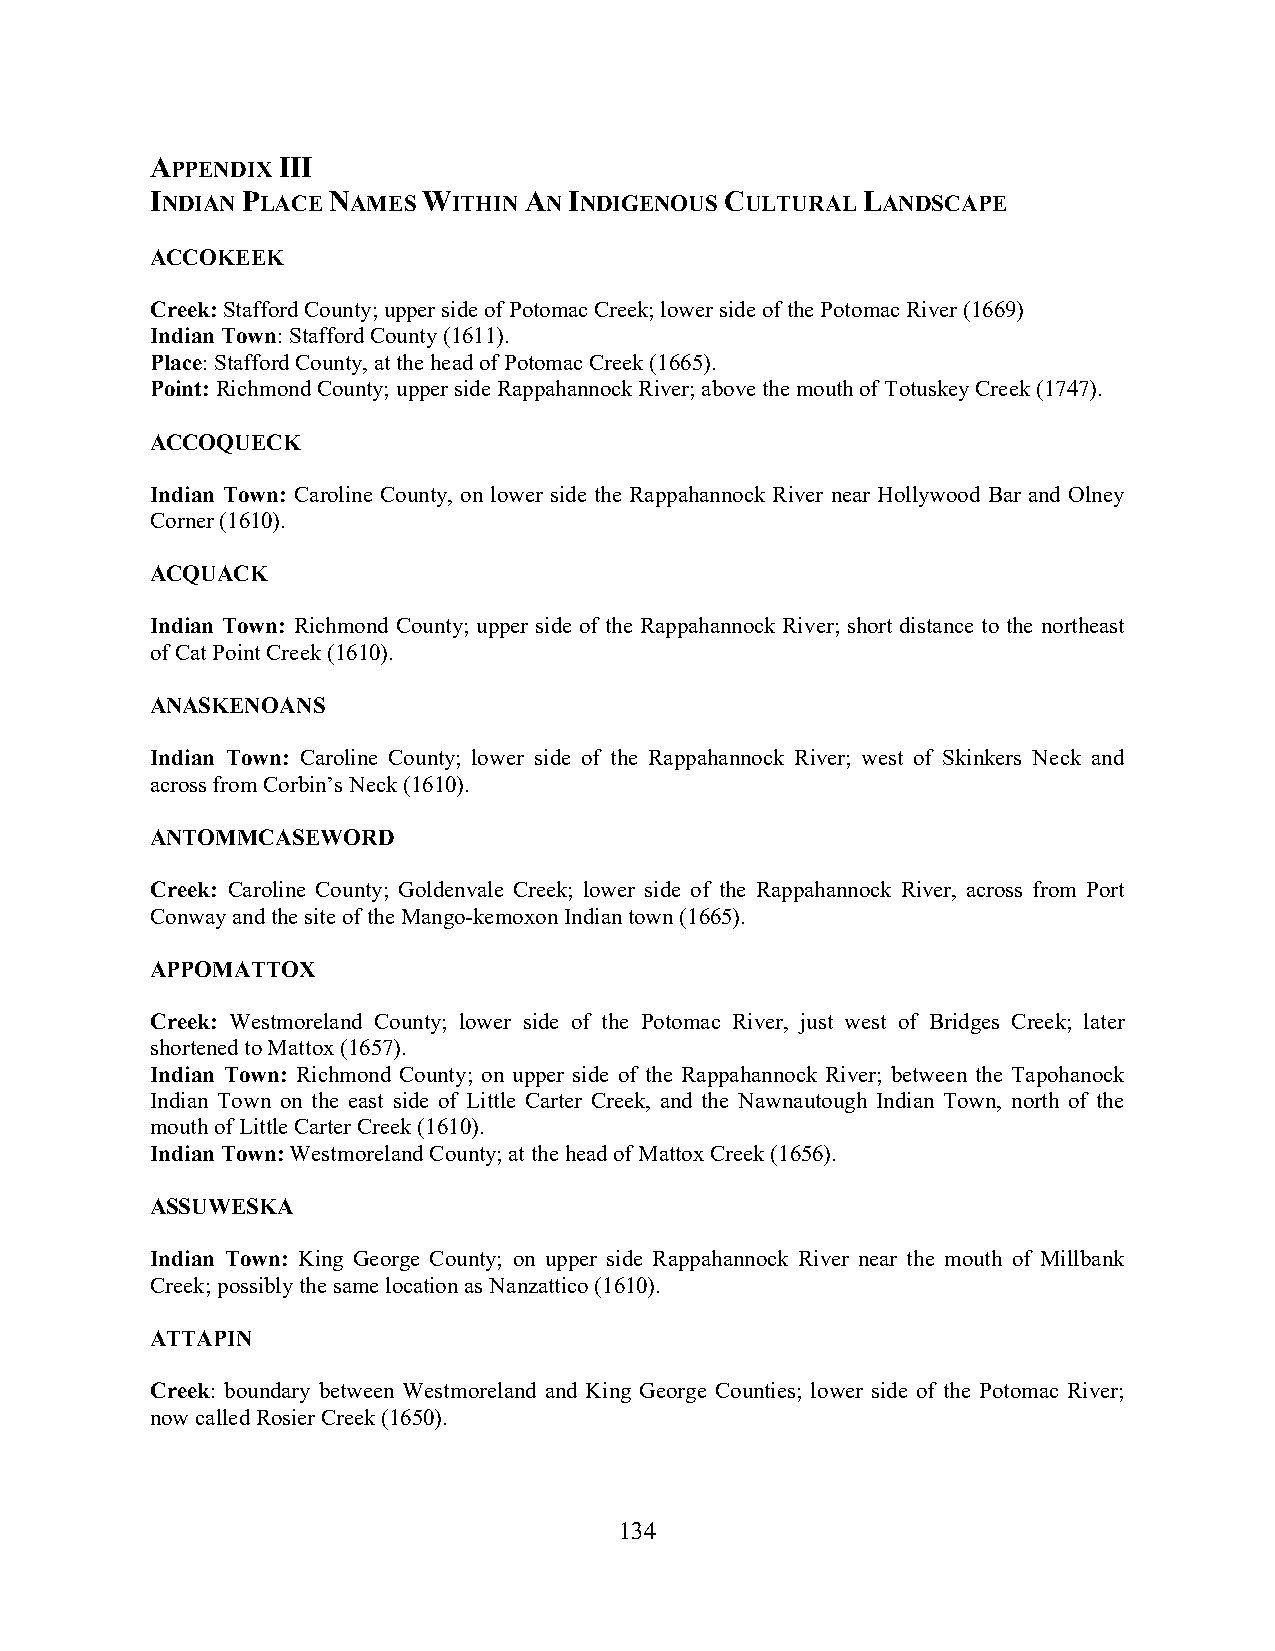
APPENDIX III
 INDIAN PLACE NAMES WITHIN AN INDIGENOUS CULTURAL LANDSCAPE
 ACCOKEEK
 Creek: Stafford County; upper side of Potomac Creek; lower side of the Potomac River (1669)
 Indian Town: Stafford County (1611).
 Place: Stafford County, at the head of Potomac Creek (1665).
 Point: Richmond County; upper side Rappahannock River; above the mouth of Totuskey Creek (1747).
 ACCOQUECK
 Indian Town: Caroline County, on lower side the Rappahannock River near Hollywood Bar and Olney
 Corner (1610).
 ACQUACK
 Indian Town: Richmond County; upper side of the Rappahannock River; short distance to the northeast
 of Cat Point Creek (1610).
 ANASKENOANS
 Indian Town: Caroline County; lower side of the Rappahannock River; west of Skinkers Neck and
 across from Corbin’s Neck (1610).
 ANTOMMCASEWORD
 Creek: Caroline County; Goldenvale Creek; lower side of the Rappahannock River, across from Port
 Conway and the site of the Mango-kemoxon Indian town (1665).
 APPOMATTOX
 Creek: Westmoreland County; lower side of the Potomac River, just west of Bridges Creek; later
 shortened to Mattox (1657).
 Indian Town: Richmond County; on upper side of the Rappahannock River; between the Tapohanock
 Indian Town on the east side of Little Carter Creek, and the Nawnautough Indian Town, north of the
 mouth of Little Carter Creek (1610).
 Indian Town: Westmoreland County; at the head of Mattox Creek (1656).
 ASSUWESKA
 Indian Town: King George County; on upper side Rappahannock River near the mouth of Millbank
 Creek; possibly the same location as Nanzattico (1610).
 ATTAPIN
 Creek: boundary between Westmoreland and King George Counties; lower side of the Potomac River;
 now called Rosier Creek (1650).
 134